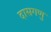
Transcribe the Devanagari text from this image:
दासगणु